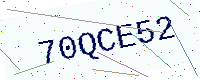
Text: 70QCE52